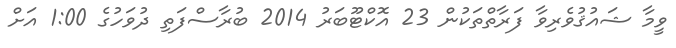
ވީމާ ޝައުޤުވެރިވާ ފަރާތްތަކުން 23 އޮކްޓޫބަރު 2014 ބުރާސްފަތި ދުވަހުގެ 1:00 އަށް